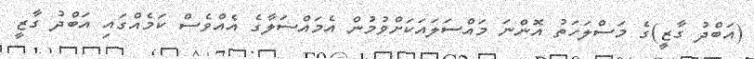
(އަބްދު ގާޒީ)ގެ މަސްލަހަތު އޮންނަ މައްސަލައަކަށްވުމުން އެމައްސަލާގެ އެއްވެސް ކަމެއްގައި އަބްދު ގާޒީ